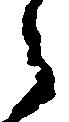
々